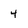
Character: 4